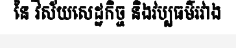
នៃ វិស័យសេដ្ឋកិច្ច និងវប្បធម៌រវាង